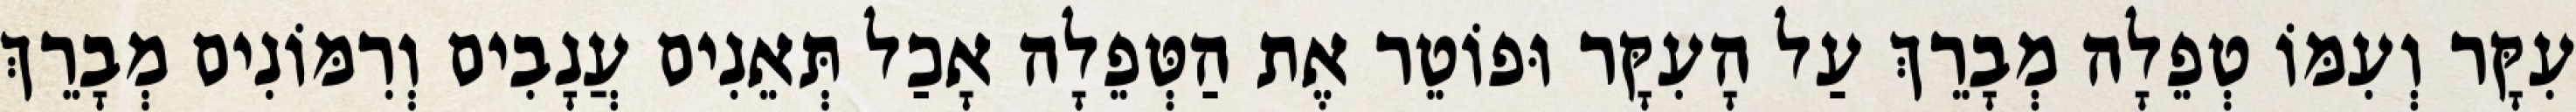
עִקָּר וְעִמּוֹ טְפֵלָה מְבָרֵךְ עַל הָעִקָּר וּפוֹטֵר אֶת הַטְּפֵלָה אָכַל תְּאֵנִים עֲנָבִים וְרִמּוֹנִים מְבָרֵךְ